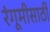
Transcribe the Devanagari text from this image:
रंगूमीसाठी